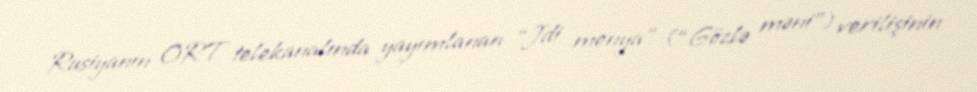
Rusiyanın ORT telekanalında yayımlanan “Jdi menya” (“Gözlə məni”) verilişinin